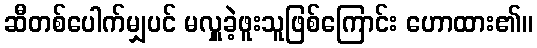
ဆီတစ်ပေါက်မျှပင် မလှူခဲ့ဖူးသူဖြစ်ကြောင်း ဟောထား၏။